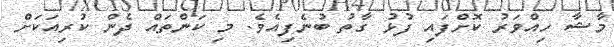
މާޝާ ހިއްވަރު ކޮށްފައި ފުޅު ގާތު ބުނެފިއެވެ. މި ކަންތައް ދެން ކުރިއަކަށް